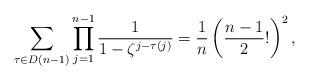
LaTeX: \begin{align*}\sum_{\tau \in D(n-1)} \prod_{j=1}^{n-1} \dfrac{1}{1-\zeta^{j-\tau(j)}}=\dfrac{1}{n}\left(\dfrac{n-1}{2}! \right)^{2}, \end{align*}